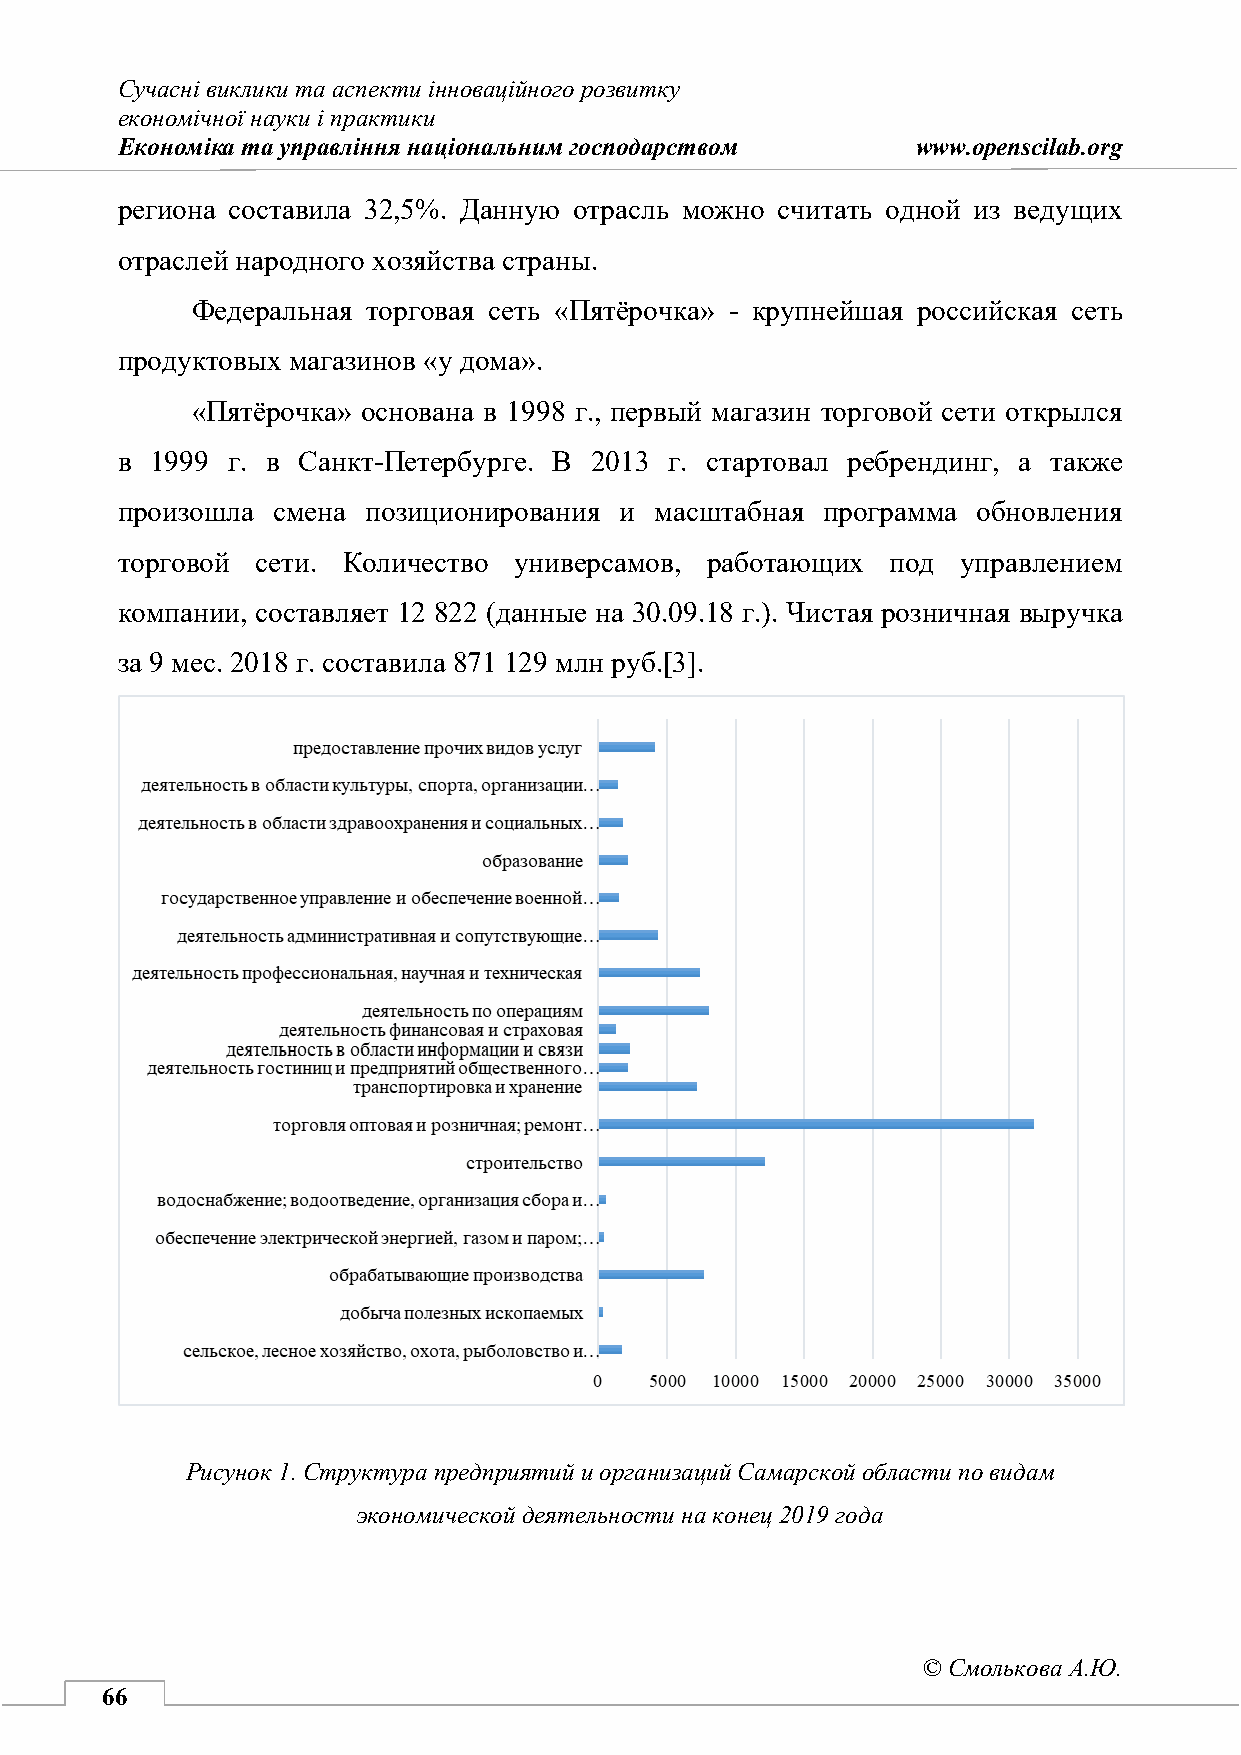
Сучасні виклики та аспекти інноваційного розвитку
 економічної науки і практики
 Економіка та управління національним господарством   www.openscilab.org
 региона составила 32,5%. Данную отрасль можно считать одной из ведущих
 отраслей народного хозяйства страны.
 Федеральная торговая сеть «Пятёрочка» - крупнейшая российская сеть
 продуктовых магазинов «у дома».
 «Пятёрочка» основана в 1998 г., первый магазин торговой сети открылся
 в 1999 г. в Санкт-Петербурге. В 2013 г. стартовал ребрендинг, а также
 произошла смена позиционирования и масштабная программа  обновления
 торговой сети. Количество универсамов, работающих  под  управлением
 компании, составляет 12 822 (данные на 30.09.18 г.). Чистая розничная выручка
 за 9 мес. 2018 г. составила 871 129 млн руб.[3].
 Рисунок 1. Структура предприятий и организаций Самарской области по видам
 экономической деятельности на конец 2019 года
 © Смолькова А.Ю.
 66